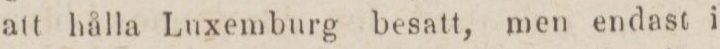
att hålla Luxemburg besatt, men endast i